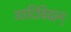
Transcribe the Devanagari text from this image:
आदिविद्वान्‌